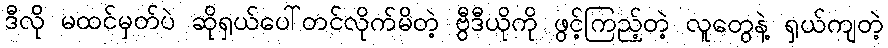
ဒီလို မထင်မှတ်ပဲ ဆိုရှယ်ပေါ်တင်လိုက်မိတဲ့ ဗွီဒီယိုကို ဖွင့်ကြည့်တဲ့ လူတွေနဲ့ ရှယ်ကျတဲ့